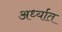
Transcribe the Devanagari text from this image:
अर्ध्यात